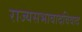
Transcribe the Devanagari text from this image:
राज्यसभावादविवाद